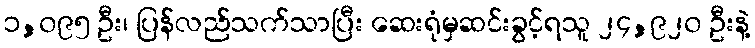
၁,၀၉၅ ဦး၊ ပြန်လည်သက်သာပြီး ဆေးရုံမှဆင်းခွင့်ရသူ ၂၄,၉၂၀ ဦးနဲ့